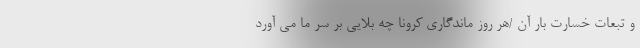
و تبعات خسارت بار آن /هر روز ماندگاری کرونا چه بلایی بر سر ما می آورد